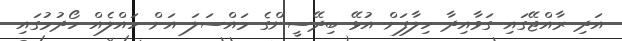
އަދި ރާއްޖޭގައި ގަވާއިދާ ހިލާފަށް އުޅޭ ބިދޭސީންގެ މައްސަލަ އަށް ހައްލެއް ހޯދުމުގައި